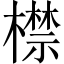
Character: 㯲